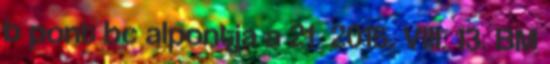
b pont bc alpontja a 21 2015. VIII. 13. BM